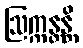
ဩက္ကန္တန္တိ